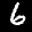
Label: 6